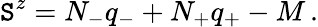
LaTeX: \mathtt{S}^{z}=N_{-}q_{-}+N_{+}q_{+}-M\, .